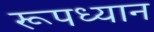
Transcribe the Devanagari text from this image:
रूपध्यान